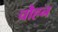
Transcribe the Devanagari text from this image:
चौहन